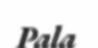
Pala